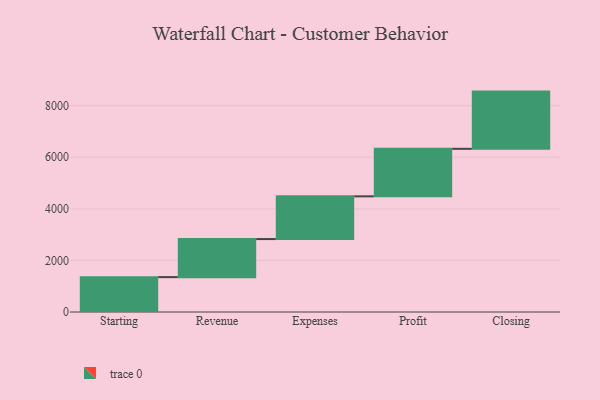
{"axis": {"x": "Step", "y": "Value"}, "legend": [""], "data": [{"x": "Starting", "y": 1352.0, "type": ""}, {"x": "Revenue", "y": 1476.0, "type": ""}, {"x": "Expenses", "y": 1656.0, "type": ""}, {"x": "Profit", "y": 1843.0, "type": ""}, {"x": "Closing", "y": 2218.0, "type": ""}]}